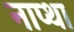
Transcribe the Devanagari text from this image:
नाप्था